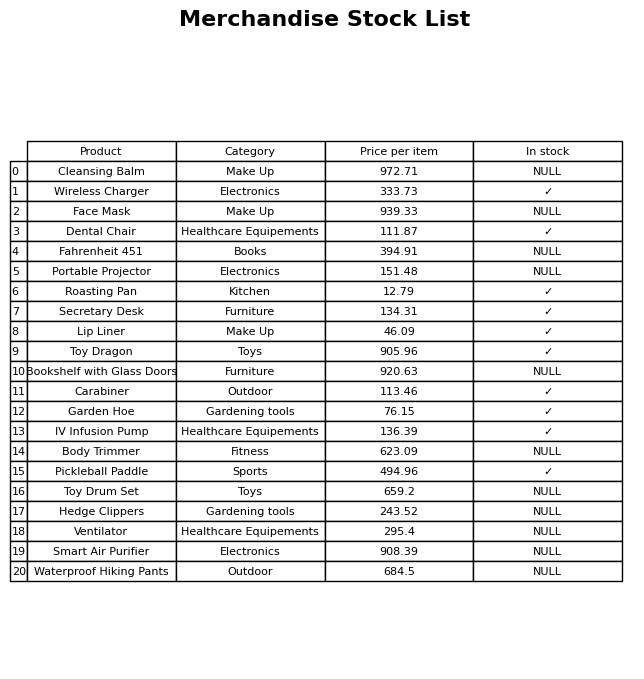
question: What category does the Dental Chair belong to?
answer: Healthcare Equipements